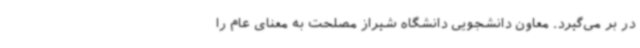
در بر می‌گیرد. معاون دانشجویی دانشگاه شیراز مصلحت به معنای عام را